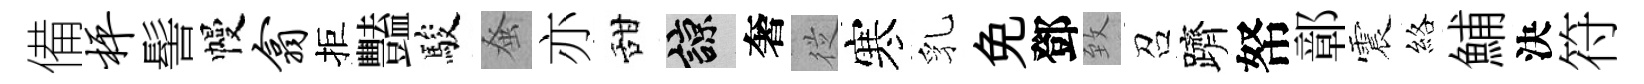
備枰髻幔翕拒豔駿𫊫亦甜諒奢従寒乳免鄧致召躋帑鄣震絡鯆決符